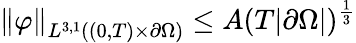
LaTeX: \left\lVert\varphi\right\rVert_{L^{3,1}((0,T)\times\partial\Omega)}\le A(T|\partial\Omega|)^{\frac 13}